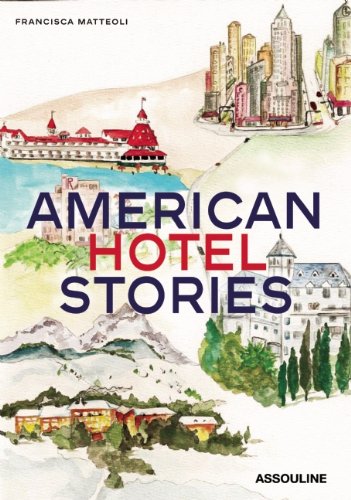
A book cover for American Hotel Stories; Francisca Matteoli; Travel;